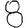
Digit: 8